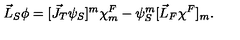
\vec { L } _ { S } \phi = [ \vec { J } _ { T } { \psi } _ { S } ] ^ { m } { \chi } _ { m } ^ { F } - { \psi } _ { S } ^ { m } [ \vec { L } _ { F } { \chi } ^ { F } ] _ { m } .